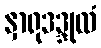
နှာရုဒဒ္ဒုလံ